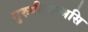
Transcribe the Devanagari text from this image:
गुरुगीताम्भसि